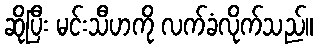
ဆိုပြီး မင်းသီဟကို လက်ခံလိုက်သည်။